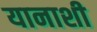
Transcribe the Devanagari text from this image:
यानाशी